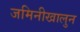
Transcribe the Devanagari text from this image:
जमिनीखालुन